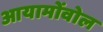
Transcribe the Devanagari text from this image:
आयामोंवोल